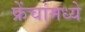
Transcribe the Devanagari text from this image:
फ्रेंचांमध्ये